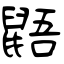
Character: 鼯